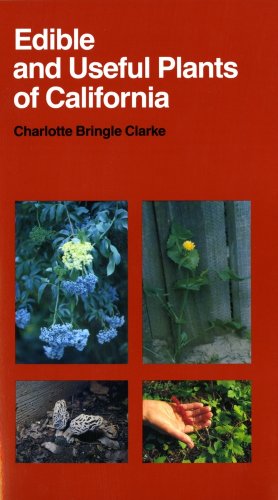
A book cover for Edible and Useful Plants of California (California Natural History Guides); Charlotte Bringle Clarke; Science & Math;